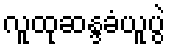
လူထုဆန္ဒခံယူပွဲ